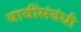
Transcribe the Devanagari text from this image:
बाबींसंबंधी